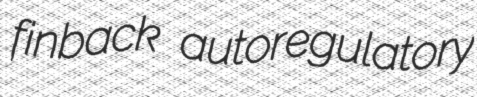
finback autoregulatory